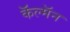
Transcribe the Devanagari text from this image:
कॅल्मॅन